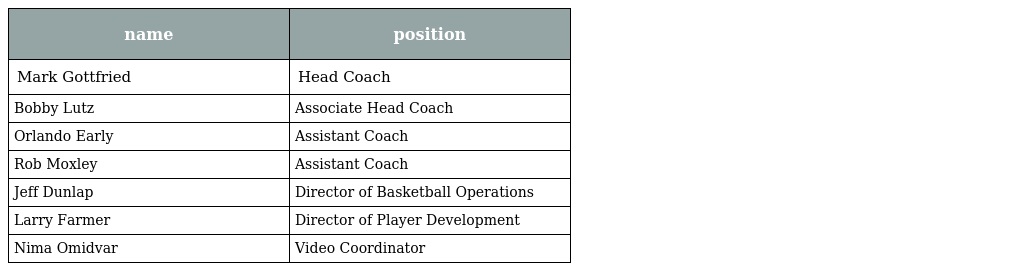
| name | position |
 | --- | --- |
 | Mark Gottfried | Head Coach |
 | Bobby Lutz | Associate Head Coach |
 | Orlando Early | Assistant Coach |
 | Rob Moxley | Assistant Coach |
 | Jeff Dunlap | Director of Basketball Operations |
 | Larry Farmer | Director of Player Development |
 | Nima Omidvar | Video Coordinator |